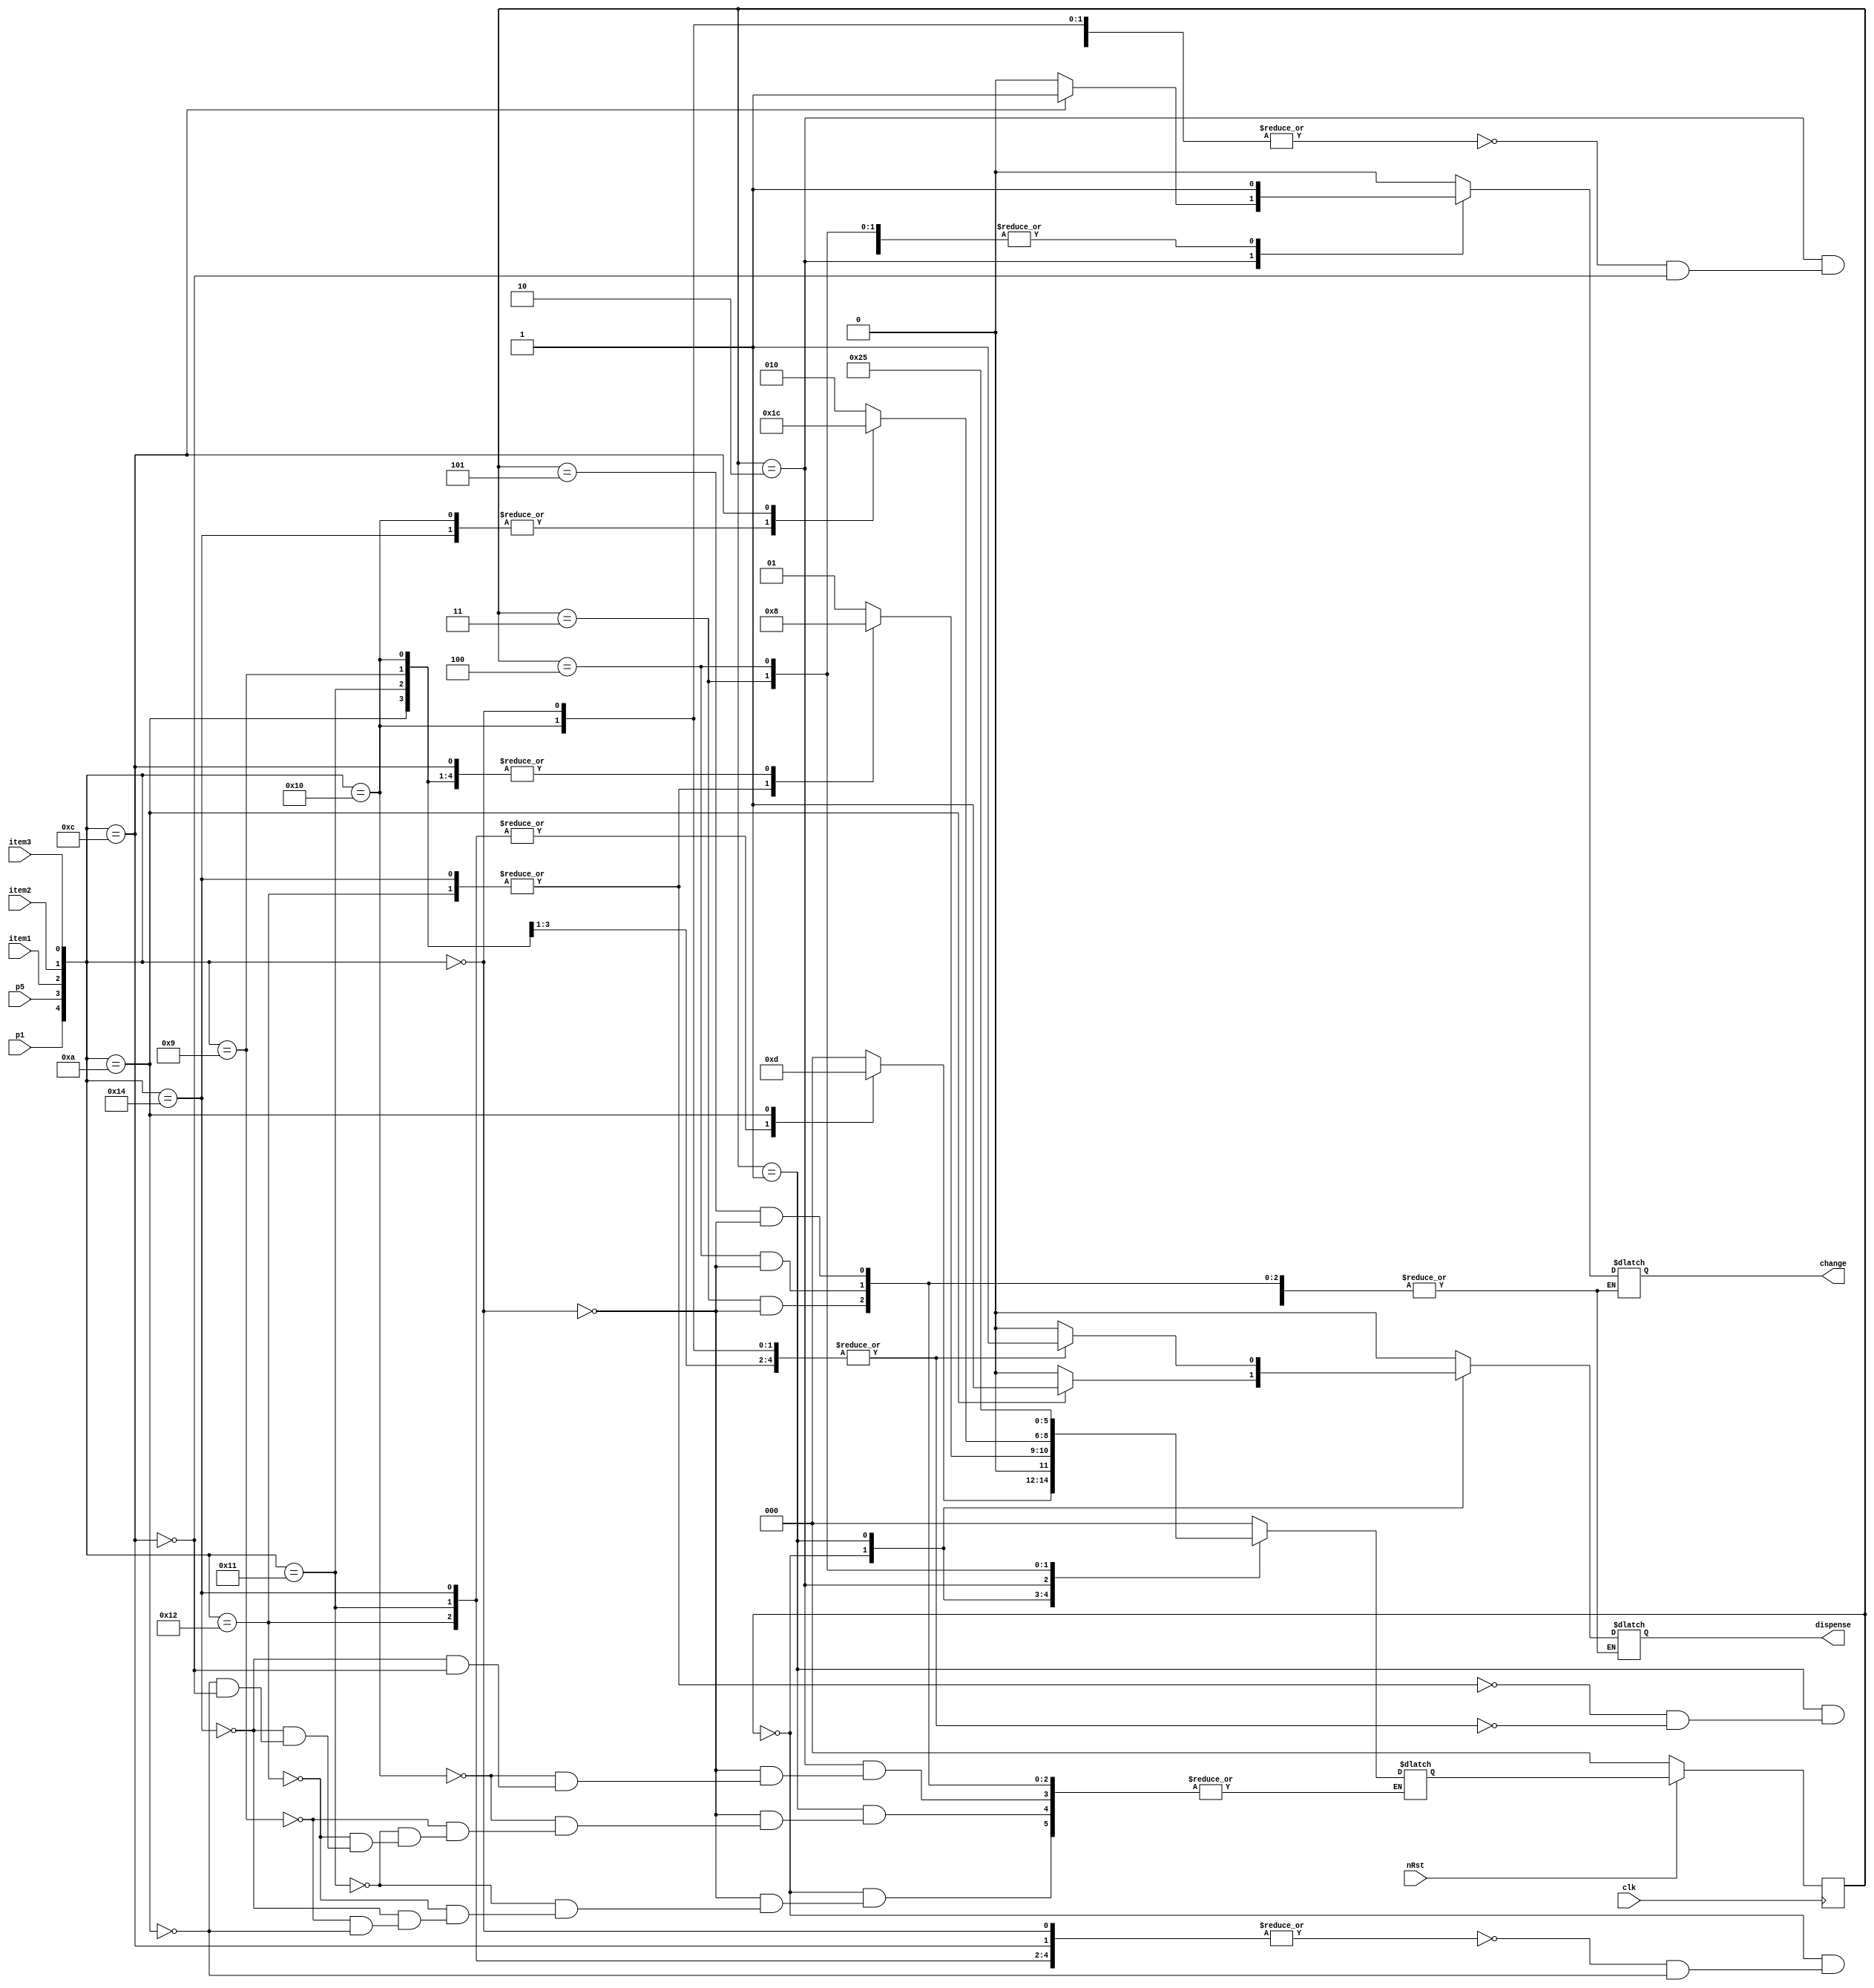
/* 	-Make sure final design of CU in the implementation is clear.
	-Intermediate  results and states should be clearly shown in 
	the simulations
	-number of item in the vending machine should be at least 3
	-vending machince should count number of product left
	-should issue change or require user input exact amount 
	*/



module vendingmachine(clk,nRst,p1,p5,item1,item2,item3,dispense,change);
	input clk,nRst,p1,p5,item1,item2,item3;
	output reg dispense,change;
	
	reg [2:0] cstate,nstate;
	
	parameter a = 3'b000;
	parameter b = 3'b001;
	parameter c = 3'b010;
	parameter d = 3'b011;
	parameter e = 3'b100;
	parameter f = 3'b101;
	
	always @ (negedge clk)
	begin
		if(!nRst)
			cstate<=a;
		else
			cstate<=nstate;
	end
	
	always @(*) begin
		case (cstate)
			a: case({p1,p5,item1,item2,item3})
				5'b00000: nstate<=a;
				5'b10001: nstate<=b;
				5'b10010: nstate<=b;
				5'b10100: nstate<=b;
				5'b01001: nstate<=a;
				5'b01010: nstate<=f;
			endcase
			b: case({p1,p5,item1,item2,item3})
				5'b00000: nstate<=b;
				5'b10000: nstate<=a;
				5'b01001: nstate<=a;
				5'b10001: nstate<=a;
				5'b10010: nstate<=c;
				5'b10100: nstate<=c;
				5'b01001: nstate<=d;
				5'b01010: nstate<=a;
				5'b01100: nstate<=a;
			endcase
			c: case({p1,p5,item1,item2,item3})
				5'b00000: nstate<=c;
				5'b10000: nstate<=d;
				5'b10100: nstate<=d;
				5'b01100: nstate<=e;
			endcase
			d: case({p1,p5,item1,item2,item3})
				5'b00000: nstate<=e;
				// 5'b00000: nstate<=a;
			endcase
			e: case({p1,p5,item1,item2,item3})
				5'b00000: nstate<=f;
			endcase
			f: case({p1,p5,item1,item2,item3})
				5'b00000: nstate<=a;
			endcase
		default: nstate<=a;
		endcase
	end
	
	always@(*) begin
		case (cstate)
			a: case({p1,p5,item1,item2,item3})
				5'b00000,5'b10001,5'b10010,5'b10100,5'b01100: {dispense,change}<=2'b00;
				5'b01010: {dispense,change}<=2'b10;
			endcase
			b: case({p1,p5,item1,item2,item3})
				5'b10010,5'b10100: {dispense,change}<=2'b00;
				5'b01001,5'b10000,5'b00000,5'b10001,5'b01010: {dispense,change}<=2'b10;
				5'b10001: {dispense,change}<=2'b01;
			endcase
			c: case({p1,p5,item1,item2,item3})
				5'b00000,5'b10000,5'b10100: {dispense,change}<=2'b00;
				5'b01100: {dispense,change}<=2'b01;
			endcase
			d: case({p1,p5,item1,item2,item3})
				5'b00000: {dispense,change}<=2'b01;
			endcase
			e: case({p1,p5,item1,item2,item3})
				5'b00000: {dispense,change}<=2'b01;
			endcase
			f: case({p1,p5,item1,item2,item3})
				5'b00000: {dispense,change}<=2'b01;
				endcase
		default: {dispense,change}<=2'b00;
		endcase
	end
endmodule
	
				
			
	
module stimulus_generator(clk,nRst,p1,p5,item1,item2,item3);

output reg clk,nRst,p1,p5,item1,item2,item3;
	
	initial 
	begin

		$dumpfile("vending.vcd");
		$dumpvars;
	end
	
	initial
		clk<=0;
		
	always
		#1 clk=~clk;
		
	initial begin
		nRst<=0;
		#5
		nRst<=1;
		#5

		//Item 1
		p1<=1;
		p5<=0;
		item1<=1;
		item2<=0;
		item3<=0;
		#2
		p1<=1;
		p5<=0;
		item1<=0;
		item2<=0;
		item3<=0;
		#2

		p1<=0;
		p5<=0;
		item1<=0;
		item2<=0;
		item3<=0;
		#5

		//Item 2
		p1<=0;
		p5<=1;
		item1<=0;
		item2<=1;
		item3<=0;
		#2

		p1<=0;
		p5<=0;
		item1<=0;
		item2<=0;
		item3<=0;
		#5

		//Item 3
		p1<=1;
		p5<=0;
		item1<=0;
		item2<=0;
		item3<=1;
		#2
		p1<=0;
		p5<=1;
		item1<=0;
		item2<=0;
		item3<=0;
		#2
		p1<=0;
		p5<=0;
		item1<=0;
		item2<=0;
		item3<=0;
		#5
		


		$finish;
	end
endmodule


module testbench_VM();

wire clk,nRst,p1,p5,item1,item2,item3,dispense,change;


	vendingmachine	mainmodule(clk,nRst,p1,p5,item1,item2,item3,dispense,change);
	stimulus_generator	stimulusmodule(clk,nRst,p1,p5,item1,item2,item3);

endmodule